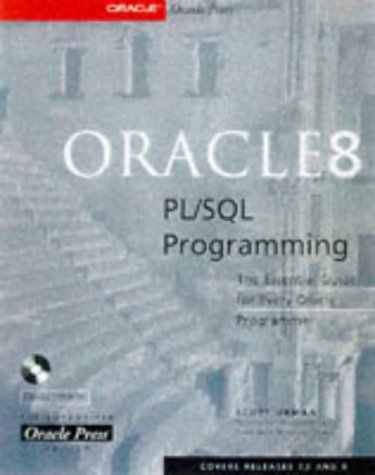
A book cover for Oracle8 PL/SQL Programming; Scott Urman; Computers & Technology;